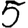
Digit: 5